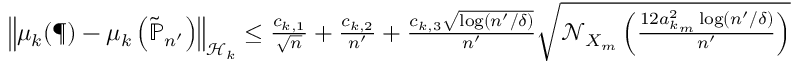
\begin{array} { r } { \left\| { \mu _ { k } ( \P ) - \mu _ { k } \left( \tilde { \mathbb { P } } _ { n ^ { \prime } } \right) } \right\| _ { \mathcal { H } _ { k } } \le \frac { c _ { k , 1 } } { \sqrt { n } } + \frac { c _ { k , 2 } } { n ^ { \prime } } + \frac { c _ { k , 3 } \sqrt { \log ( n ^ { \prime } / \delta ) } } { n ^ { \prime } } \sqrt { \mathcal N _ { X _ { m } } \left( \frac { 1 2 a _ { k _ { m } } ^ { 2 } \log ( n ^ { \prime } / \delta ) } { n ^ { \prime } } \right) } } \end{array}